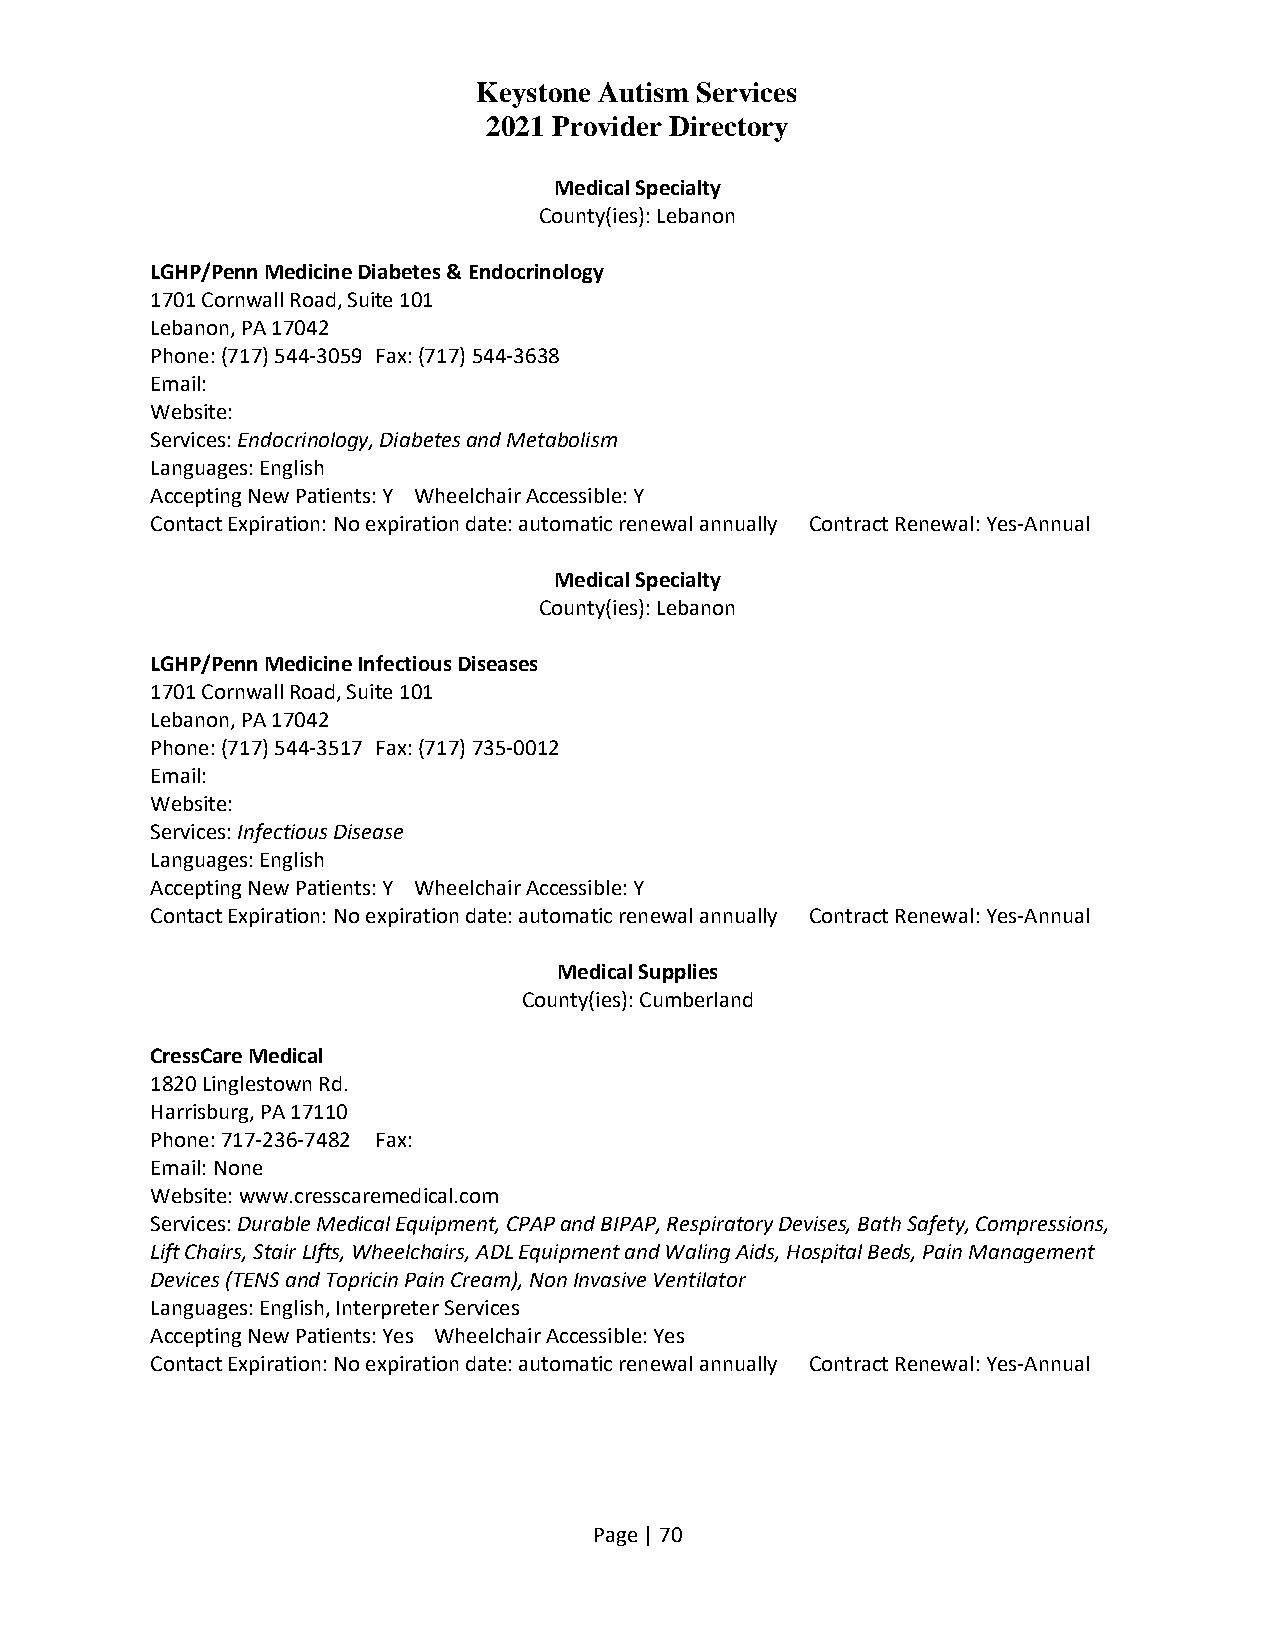
Keystone Autism Services
 2021 Provider Directory
 Medical Specialty
 County(ies): Lebanon
 LGHP/Penn Medicine Diabetes & Endocrinology
 1701 Cornwall Road, Suite 101
 Lebanon, PA 17042
 Phone: (717) 544-3059 Fax: (717) 544-3638
 Email:
 Website:
 Services: Endocrinology, Diabetes and Metabolism
 Languages: English
 Accepting New Patients: Y Wheelchair Accessible: Y
 Contact Expiration: No expiration date: automatic renewal annually Contract Renewal: Yes-Annual
 Medical Specialty
 County(ies): Lebanon
 LGHP/Penn Medicine Infectious Diseases
 1701 Cornwall Road, Suite 101
 Lebanon, PA 17042
 Phone: (717) 544-3517 Fax: (717) 735-0012
 Email:
 Website:
 Services: Infectious Disease
 Languages: English
 Accepting New Patients: Y Wheelchair Accessible: Y
 Contact Expiration: No expiration date: automatic renewal annually Contract Renewal: Yes-Annual
 Medical Supplies
 County(ies): Cumberland
 CressCare Medical
 1820 Linglestown Rd.
 Harrisburg, PA 17110
 Phone: 717-236-7482 Fax:
 Email: None
 Website: www.cresscaremedical.com
 Services: Durable Medical Equipment, CPAP and BIPAP, Respiratory Devises, Bath Safety, Compressions,
 Lift Chairs, Stair LIfts, Wheelchairs, ADL Equipment and Waling Aids, Hospital Beds, Pain Management
 Devices (TENS and Topricin Pain Cream), Non Invasive Ventilator
 Languages: English, Interpreter Services
 Accepting New Patients: Yes Wheelchair Accessible: Yes
 Contact Expiration: No expiration date: automatic renewal annually Contract Renewal: Yes-Annual
 Page | 70